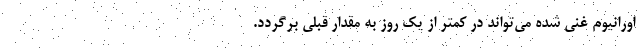
اورانیوم غنی شده می‌تواند در کمتر از یک روز به مقدار قبلی برگردد.